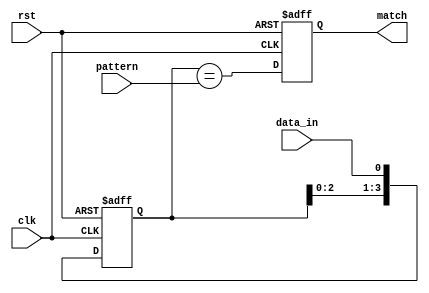
module PatternDetector #(
    parameter PATTERN_LENGTH = 4 // Length of the pattern to be detected
) (
    input wire clk,                 // Clock signal
    input wire rst,                 // Reset signal
    input wire data_in,             // Input data stream
    input wire [PATTERN_LENGTH-1:0] pattern, // Pattern to detect
    output reg match                // Output signal indicating a match
);

    // Flip-flops to store the input data stream
    reg [PATTERN_LENGTH-1:0] shift_reg;

    // Sequential logic for the flip-flops
    always @(posedge clk or posedge rst) begin
        if (rst) begin
            shift_reg <= 0;          // Reset shift register
            match <= 0;              // Reset match output
        end else begin
            shift_reg <= {shift_reg[PATTERN_LENGTH-2:0], data_in}; // Shift in the new data
            // Check for pattern match
            match <= (shift_reg == pattern);
        end
    end

endmodule